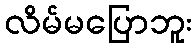
လိမ်မပြောဘူး